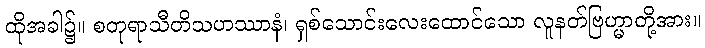
ထိုအခါ၌။ စတုရာသီတိသဟဿာနံ၊ ရှစ်သောင်းလေးထောင်သော လူနတ်ဗြဟ္မာတို့အား။